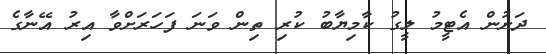
ދަށުން އެޓީމު ލީގު ކާމިޔާބު ކުރި ތިން ވަނަ ފަހަރަށްވާ އިރު އޭނާގެ